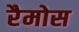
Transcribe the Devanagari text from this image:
रैमोस